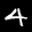
Digit: 4